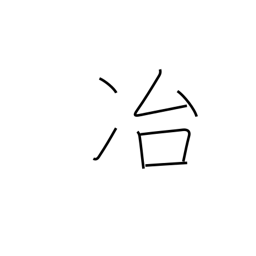
Meaning: melting